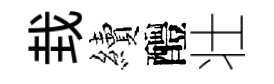
㘽續醴壮